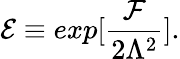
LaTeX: {\cal E}\equiv exp[\frac{{\cal F}}{2\Lambda^{2}}].